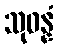
သုဓန္နံ